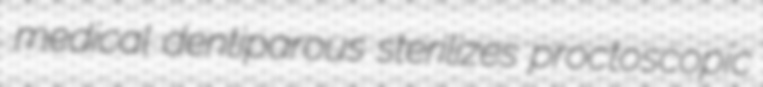
medical dentiparous sterilizes proctoscopic